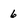
Character: 6